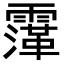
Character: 䨰